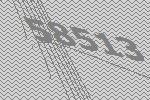
58513